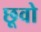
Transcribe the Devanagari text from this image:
छूवो